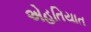
એહતિયાત